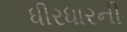
ધીરધારની